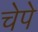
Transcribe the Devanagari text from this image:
चेपे